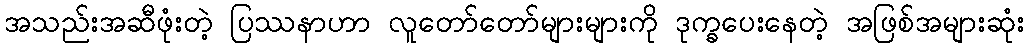
အသည်းအဆီဖုံးတဲ့ ပြဿနာဟာ လူတော်တော်များများကို ဒုက္ခပေးနေတဲ့ အဖြစ်အများဆုံး